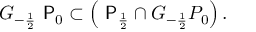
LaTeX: G _ { - \frac { 1 } { 2 } } \mathrm { \sf ~ P } _ { 0 } \subset \left( \mathrm { \sf ~ P } _ { \frac { 1 } { 2 } } \cap G _ { - \frac { 1 } { 2 } } P _ { 0 } \right) .